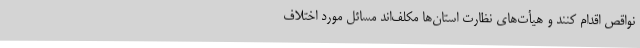
نواقص اقدام کنند و هیأت‌های نظارت استان‌ها مکلف‌اند ‌مسائل مورد اختلاف